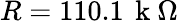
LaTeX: R=110.1\, \mathrm{~k~}\Omega